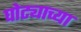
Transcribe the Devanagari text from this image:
घोट्याच्या